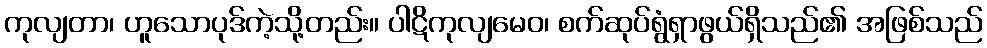
ကုလျတာ၊ ဟူသောပုဒ်ကဲ့သို့တည်း။ ပါဋိကုလျမေဝ၊ စက်ဆုပ်ရွံရှာဖွယ်ရှိသည်၏ အဖြစ်သည်